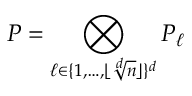
P = \bigotimes _ { \ell \in \{ 1 , \dots , \lfloor \sqrt [ d ] { n } \rfloor \} ^ { d } } P _ { \ell }